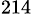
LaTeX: ^{214}